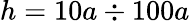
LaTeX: h=10a\div 100a